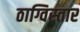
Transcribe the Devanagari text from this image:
ठाग्विस्तार